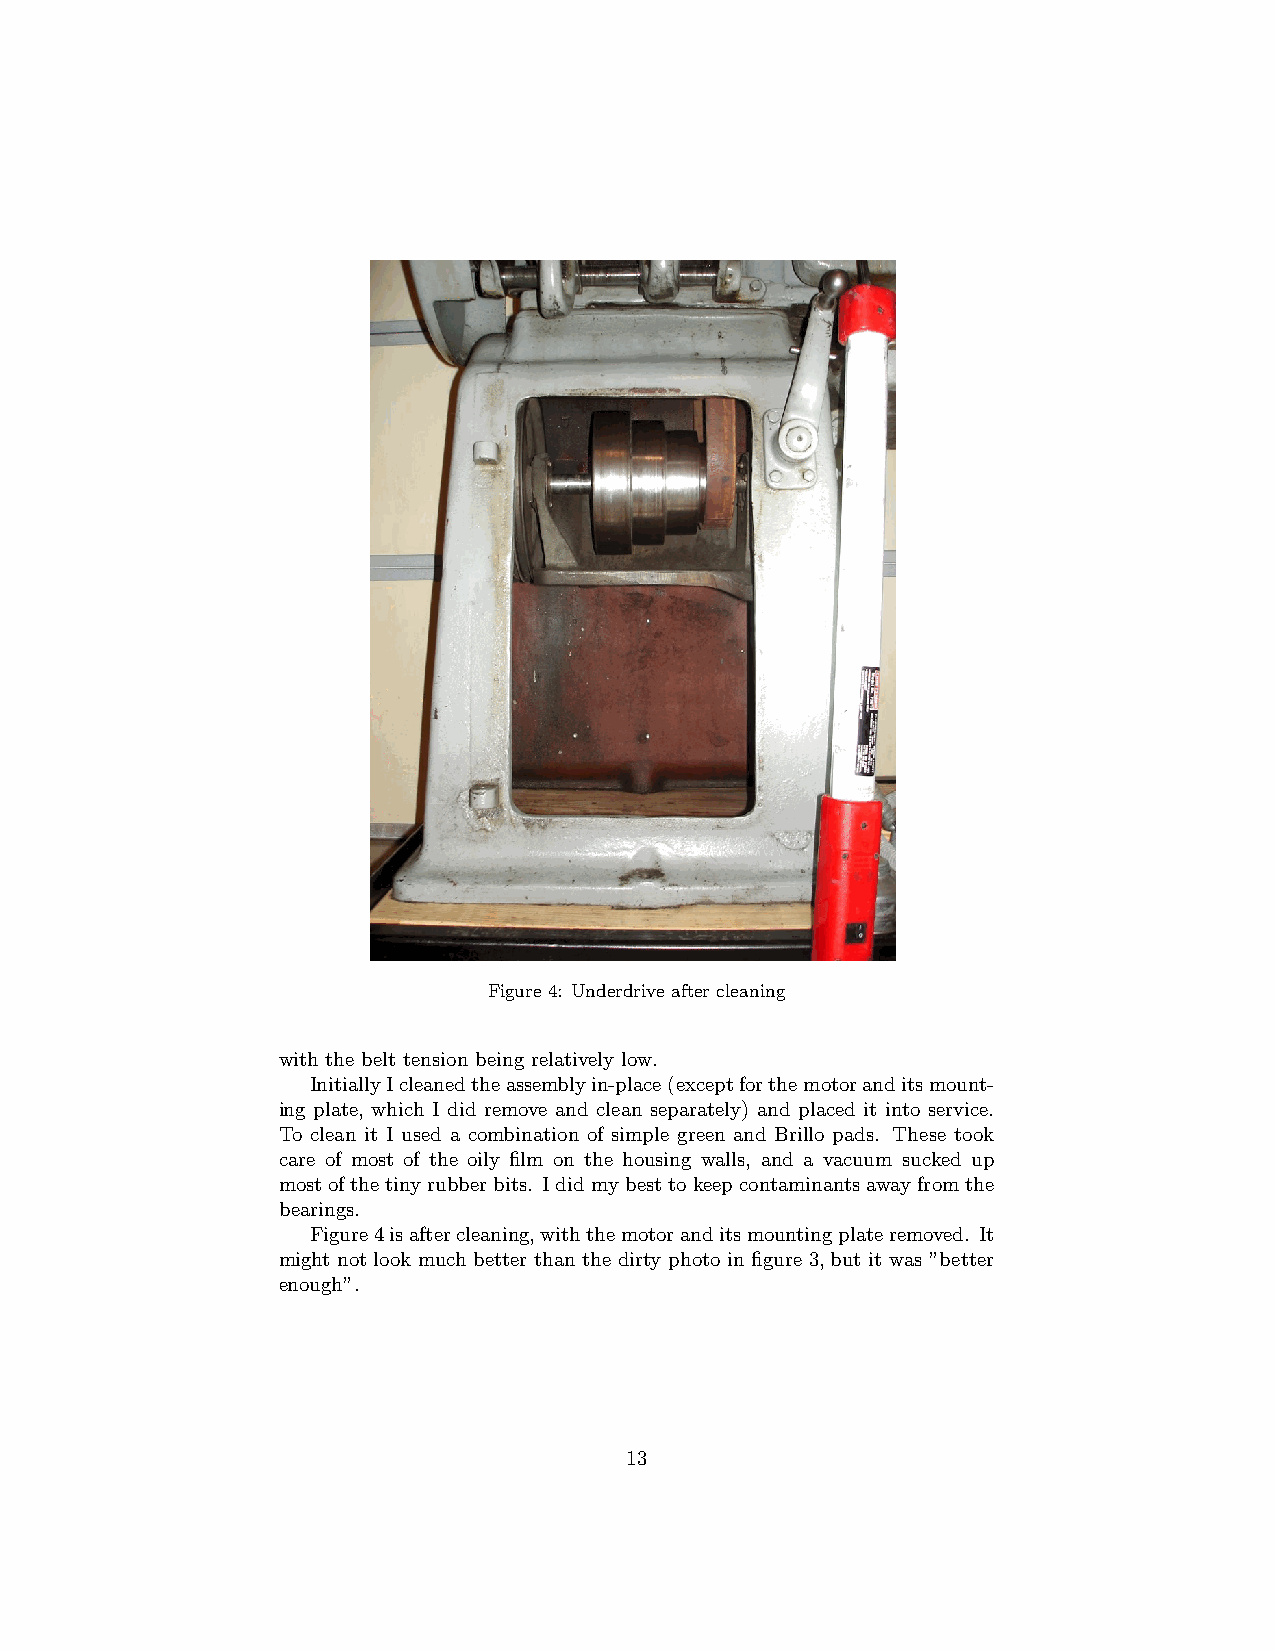
Figure 4: Underdrive after cleaning
 with the belt tension being relatively low.
 InitiallyIcleanedtheassemblyin-place(exceptforthemotoranditsmount-
 ing plate, which I did remove and clean separately) and placed it into service.
 To clean it I used a combination of simple green and Brillo pads. These took
 care of most of the oily film on the housing walls, and a vacuum sucked up
 mostofthetinyrubberbits. Ididmybesttokeepcontaminantsawayfromthe
 bearings.
 Figure4isaftercleaning,withthemotoranditsmountingplateremoved. It
 might not look much better than the dirty photo in figure 3, but it was ”better
 enough”.
 13